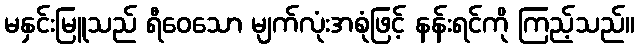
မနှင်းမြူသည် ရီဝေသော မျက်လုံးအစုံဖြင့် နန်းရင်ကို ကြည့်သည်။